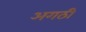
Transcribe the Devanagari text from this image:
अगठी